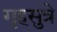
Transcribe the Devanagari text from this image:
गृहसुत्रे